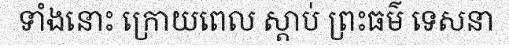
ទាំងនោះ ក្រោយពេល ស្តាប់ ព្រះធម៌ ទេសនា